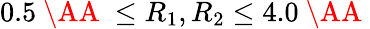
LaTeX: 0.5\mathrm{~\AA~}\leq R_{1},R_{2}\leq 4.0\mathrm{~\AA~}